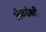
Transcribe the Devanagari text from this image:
जैवरोधी